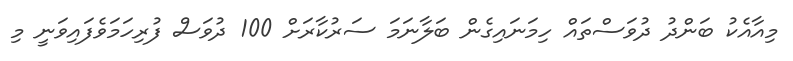
މިއާއެކު ބަންދު ދުވަސްތައް ހިމަނައިގެން ބަލާނަމަ ސަރުކާރަށް 100 ދުވަސް ފުރިހަމަވެފައިވަނީ މި